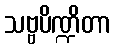
သဗ္ဗပိဏ္ဍိတာ